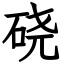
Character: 硗